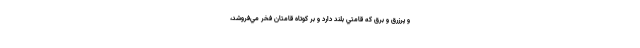
و پرزرق و برق كه قامتي بلند دارد و بر كوتاه‌ قامتان فخر مي‌فروشد،